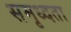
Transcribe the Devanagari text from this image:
समृध्दता